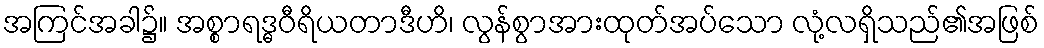
အကြင်အခါ၌။ အစ္စာရဒ္ဓဝီရိယတာဒီဟိ၊ လွန်စွာအားထုတ်အပ်သော လုံ့လရှိသည်၏အဖြစ်